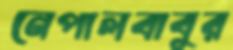
নেপালবাবুর